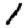
Digit: 1